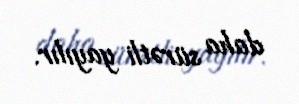
daha sürətli yayılır.